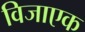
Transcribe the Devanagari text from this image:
विजाएक